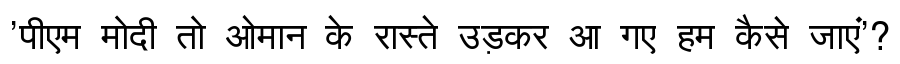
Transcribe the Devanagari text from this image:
'पीएम मोदी तो ओमान के रास्ते उड़कर आ गए हम कैसे जाएं'?